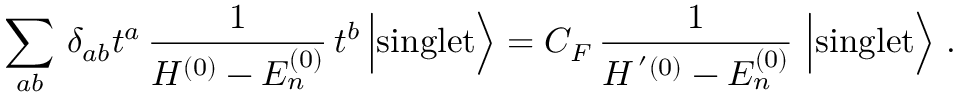
\sum _ { a b } \, \delta _ { a b } t ^ { a } \, \frac { 1 } { H ^ { ( 0 ) } - E _ { n } ^ { ( 0 ) } } \, t ^ { b } \, \Bigl \vert \mathrm { s i n g l e t } \Bigr \rangle = C _ { F } \, \frac { 1 } { H ^ { \, ^ { \prime } ( 0 ) } - E _ { n } ^ { ( 0 ) } } \, \, \Bigl \vert \mathrm { s i n g l e t } \Bigr \rangle \; .